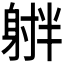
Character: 𪧻